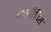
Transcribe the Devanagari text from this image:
अच्छाैदित